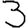
Digit: 3